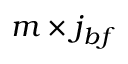
m \times j _ { b f }